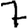
Digit: 7